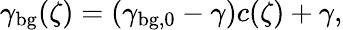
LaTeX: \gamma_{\mathrm{bg}}(\zeta)=(\gamma_{\mathrm{bg,0}}-\gamma)c(\zeta)+\gamma,